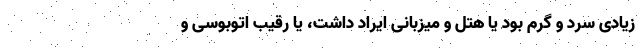
زیادی سرد و گرم بود یا هتل و میزبانی ایراد داشت، یا رقیب اتوبوسی و